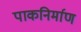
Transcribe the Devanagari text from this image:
पाकनिर्माण